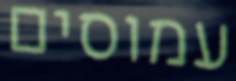
עמוסים